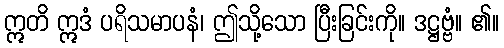
ဣတိ ဣဒံ ပရိသမာပနံ၊ ဤသို့သော ပြီးခြင်းကို။ ဒဋ္ဌဗ္ဗံ။ ၏။